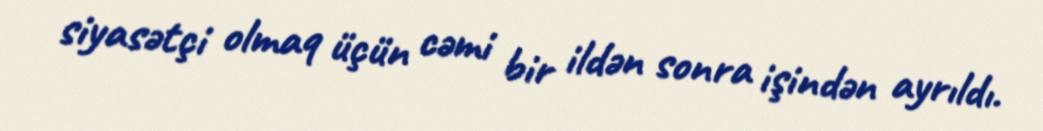
siyasətçi olmaq üçün cəmi bir ildən sonra işindən ayrıldı.